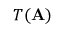
T ( \mathbf { A } )